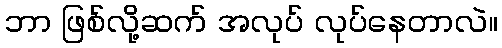
ဘာ ဖြစ်လို့ဆက် အလုပ် လုပ်နေတာလဲ။